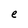
Character: e